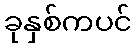
ခုနှစ်ကပင်